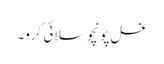
غسل پونچو سلائی کرو۔